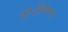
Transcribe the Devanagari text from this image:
डॉ॰हिकमत